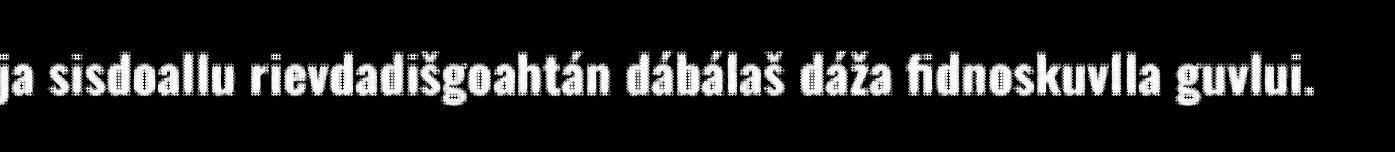
ja sisdoallu rievdadišgoahtán dábálaš dáža fidnoskuvlla guvlui.